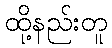
ထို့နည်းတူ